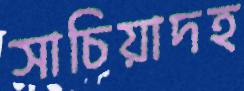
সাচিয়াদহ